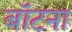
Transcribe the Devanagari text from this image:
बॉटना